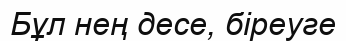
Бұл нең десе, біреуге